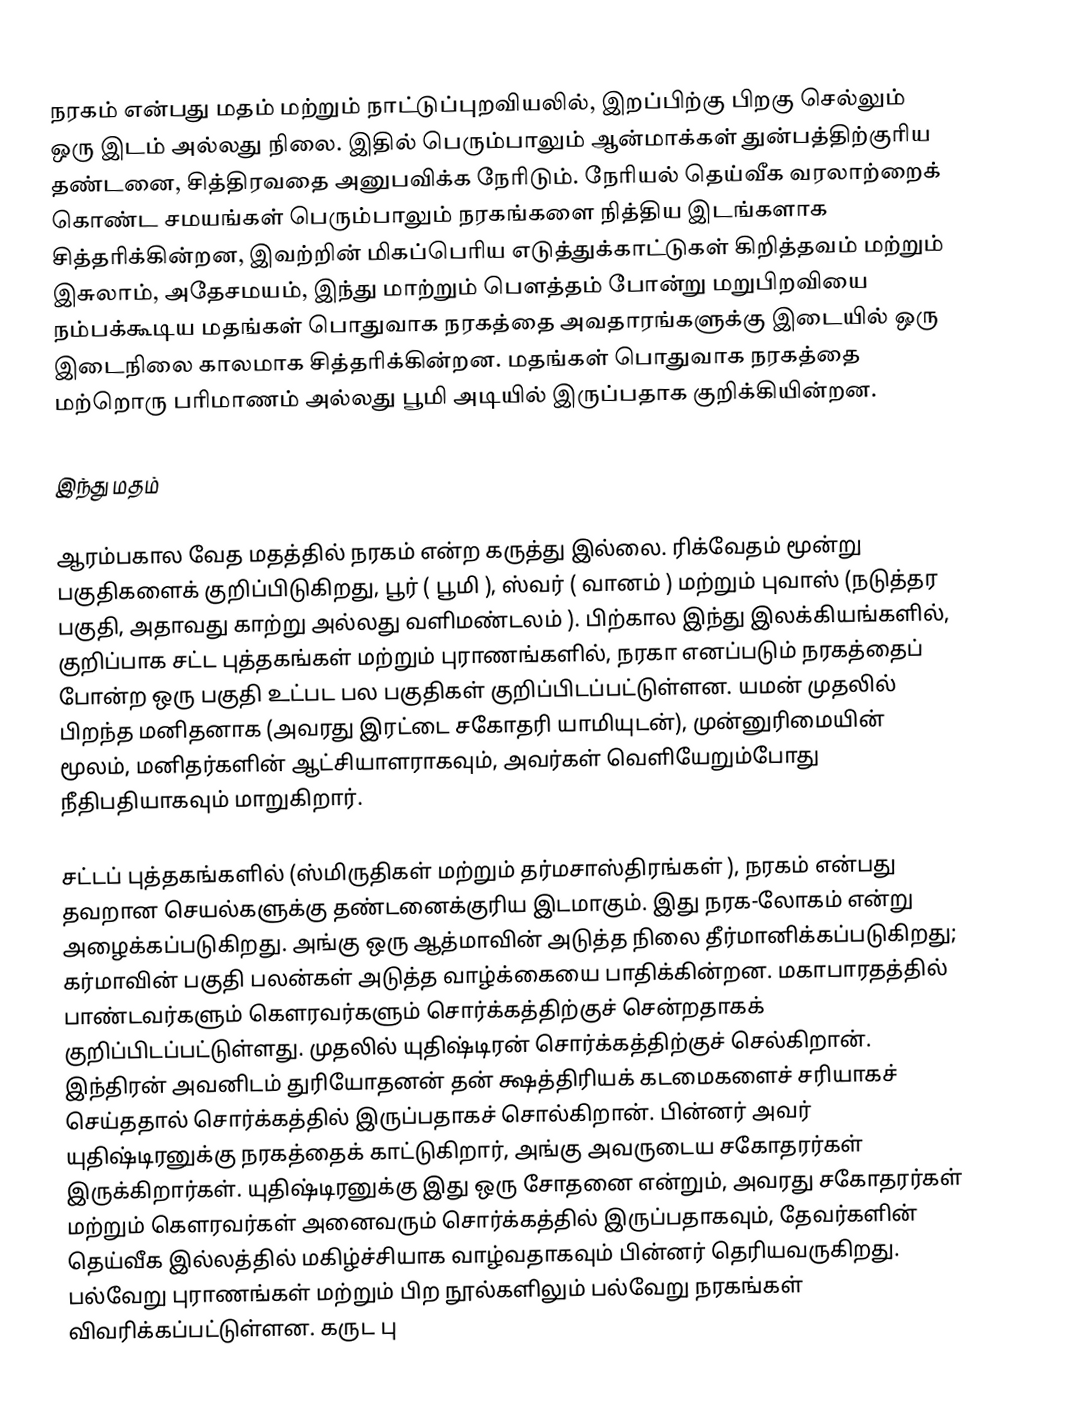
நரகம் என்பது மதம் மற்றும் நாட்டுப்புறவியலில்,  இறப்பிற்கு பிறகு செல்லும் ஒரு இடம் அல்லது நிலை. இதில் பெரும்பாலும் ஆன்மாக்கள் துன்பத்திற்குரிய தண்டனை, சித்திரவதை அனுபவிக்க நேரிடும். நேரியல் தெய்வீக வரலாற்றைக் கொண்ட சமயங்கள் பெரும்பாலும் நரகங்களை நித்திய இடங்களாக சித்தரிக்கின்றன, இவற்றின் மிகப்பெரிய எடுத்துக்காட்டுகள் கிறித்தவம் மற்றும் இசுலாம், அதேசமயம், இந்து மாற்றும் பௌத்தம் போன்று மறுபிறவியை நம்பக்கூடிய மதங்கள் பொதுவாக நரகத்தை அவதாரங்களுக்கு இடையில் ஒரு இடைநிலை காலமாக சித்தரிக்கின்றன. மதங்கள் பொதுவாக நரகத்தை மற்றொரு பரிமாணம் அல்லது பூமி அடியில் இருப்பதாக குறிக்கியின்றன.

இந்து மதம்

ஆரம்பகால வேத மதத்தில் நரகம் என்ற கருத்து இல்லை. ரிக்வேதம் மூன்று பகுதிகளைக் குறிப்பிடுகிறது, பூர் ( பூமி ), ஸ்வர் ( வானம் ) மற்றும் புவாஸ் (நடுத்தர பகுதி, அதாவது காற்று அல்லது வளிமண்டலம் ). பிற்கால இந்து இலக்கியங்களில், குறிப்பாக சட்ட புத்தகங்கள் மற்றும் புராணங்களில், நரகா எனப்படும் நரகத்தைப் போன்ற ஒரு பகுதி உட்பட பல பகுதிகள் குறிப்பிடப்பட்டுள்ளன. யமன் முதலில் பிறந்த மனிதனாக (அவரது இரட்டை சகோதரி யாமியுடன்), முன்னுரிமையின் மூலம், மனிதர்களின் ஆட்சியாளராகவும், அவர்கள் வெளியேறும்போது நீதிபதியாகவும் மாறுகிறார்.

சட்டப் புத்தகங்களில் (ஸ்மிருதிகள் மற்றும் தர்மசாஸ்திரங்கள் ), நரகம் என்பது தவறான செயல்களுக்கு தண்டனைக்குரிய இடமாகும். இது நரக-லோகம் என்று அழைக்கப்படுகிறது. அங்கு ஒரு ஆத்மாவின் அடுத்த நிலை தீர்மானிக்கப்படுகிறது; கர்மாவின் பகுதி பலன்கள் அடுத்த வாழ்க்கையை பாதிக்கின்றன. மகாபாரதத்தில் பாண்டவர்களும் கௌரவர்களும் சொர்க்கத்திற்குச் சென்றதாகக் குறிப்பிடப்பட்டுள்ளது. முதலில் யுதிஷ்டிரன் சொர்க்கத்திற்குச் செல்கிறான். இந்திரன் அவனிடம் துரியோதனன் தன் க்ஷத்திரியக் கடமைகளைச் சரியாகச் செய்ததால் சொர்க்கத்தில் இருப்பதாகச் சொல்கிறான். பின்னர் அவர் யுதிஷ்டிரனுக்கு நரகத்தைக் காட்டுகிறார், அங்கு அவருடைய சகோதரர்கள் இருக்கிறார்கள். யுதிஷ்டிரனுக்கு இது ஒரு சோதனை என்றும், அவரது சகோதரர்கள் மற்றும் கௌரவர்கள் அனைவரும் சொர்க்கத்தில் இருப்பதாகவும், தேவர்களின் தெய்வீக இல்லத்தில் மகிழ்ச்சியாக வாழ்வதாகவும் பின்னர் தெரியவருகிறது. பல்வேறு புராணங்கள் மற்றும் பிற நூல்களிலும் பல்வேறு நரகங்கள் விவரிக்கப்பட்டுள்ளன. கருட பு